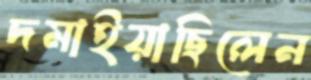
দমাইয়াছিলেন